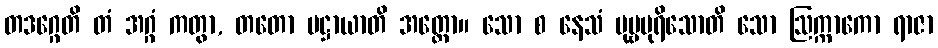
တဒဂ္ဂေတိ တံ အဂ္ဂံ ကတွာ, တတော ပဋ္ဌာယာတိ အတ္ထော။ သော စ နေသံ ပုဗ္ဗပုရိသောတိ သော ဩက္ကာကော ရာဇာ